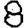
Digit: 8